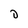
Character: D